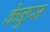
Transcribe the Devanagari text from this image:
केळुस